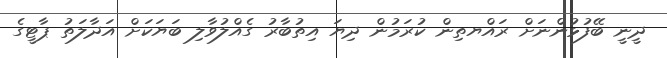
ދީނީ ބޭފުޅުންނަށް ރައްޔތިން ކުރަމުން ދިޔަ އިތުބާރު ގެއްލުވާލި ބަޔަކަށް އަދާލަތު ޕާޓީގެ